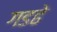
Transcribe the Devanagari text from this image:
गडढे